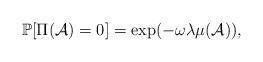
LaTeX: \begin{align*}\mathbb{P}[\Pi(\mathcal{A})=0]=\exp(-\omega\lambda \mu(\mathcal{A})),\end{align*}